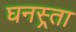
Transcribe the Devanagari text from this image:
घनस्र्ता